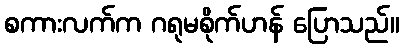
စကားလက်က ဂရုမစိုက်ဟန် ပြောသည်။